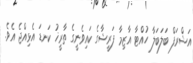
އަޝްރަފް ބަލަބަލާ ހުއްޓާ އާޒިމާ ފަރީޝާގެ ކައިވެނީގެ ތާރީޚު ކަނޑަ އެޅިއްޖެ އެވެ.